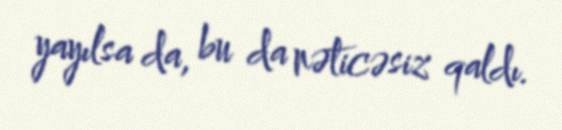
yayılsa da, bu da nəticəsiz qaldı.